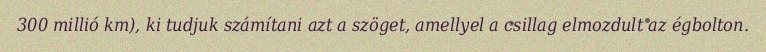
300 millió km), ki tudjuk számítani azt a szöget, amellyel a csillag elmozdult az égbolton.